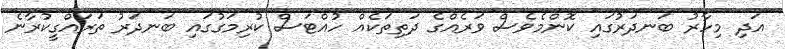
އަދި މިހާރު ބަނދަރުގައި ކޮންމެވެސް ވަރެއްގެ ދަތިތަކެއް ހުއްޓަސް ކުރިމަގުގައި ބަނދަރު ތަރައްގީކުރާނެ